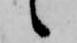
候